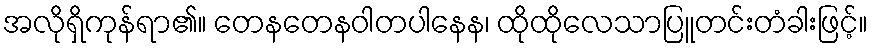
အလိုရှိကုန်ရာ၏။ တေနတေနဝါတပါနေန၊ ထိုထိုလေသာပြူတင်းတံခါးဖြင့်။